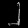
Digit: ၂